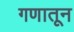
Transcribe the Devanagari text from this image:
गणातून